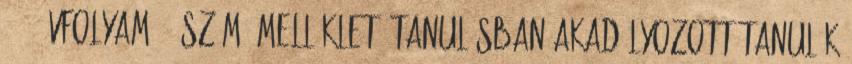
1 4. évfolyam 1. számú melléklet: Tanulásban akadályozott tanulók